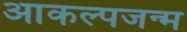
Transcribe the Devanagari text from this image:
आकल्पजन्म